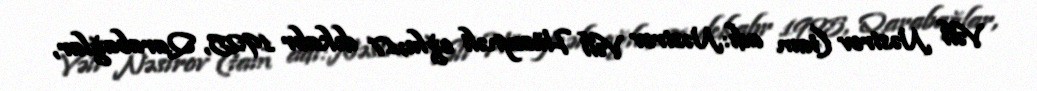
Vəli Nəsirov (tam adı:Nəsirov Vəli Hüseynəli oğlu;17 dekabr 1925, Qarabağlar,